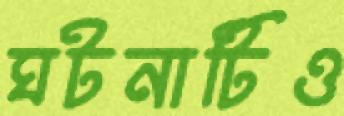
ঘটনাটিও